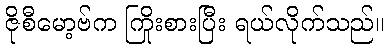
ဇိုစီမော့ဗ်က ကြိုးစားပြီး ရယ်လိုက်သည်။